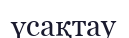
үсақтау